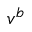
v ^ { b }